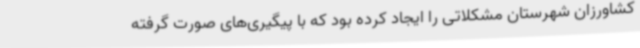
کشاورزان شهرستان مشکلاتی را ایجاد کرده بود که با پیگیری‌های صورت گرفته